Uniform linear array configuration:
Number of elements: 8
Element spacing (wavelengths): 0.25
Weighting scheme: hann
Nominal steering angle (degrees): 0
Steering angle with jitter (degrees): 0.8931
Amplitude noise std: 0.05
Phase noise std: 0.05

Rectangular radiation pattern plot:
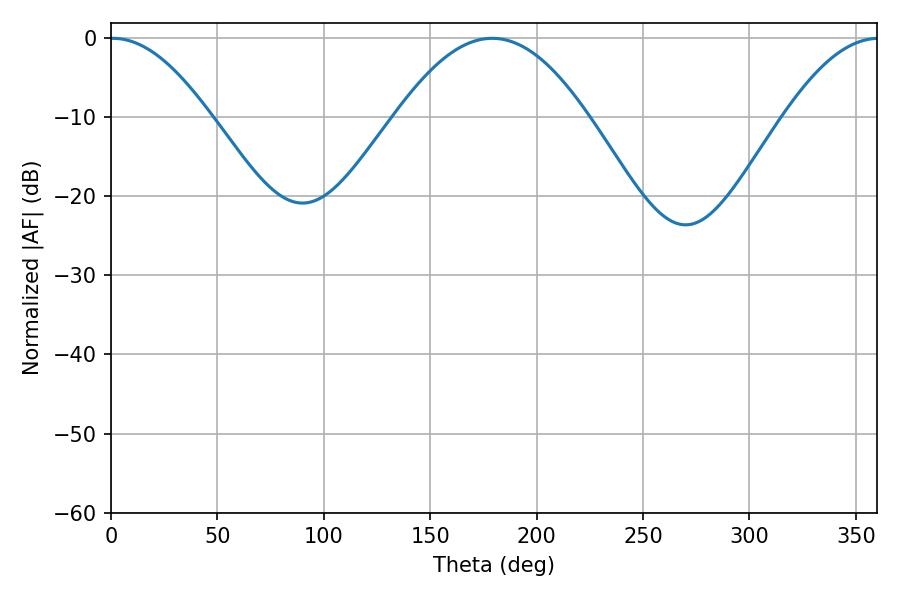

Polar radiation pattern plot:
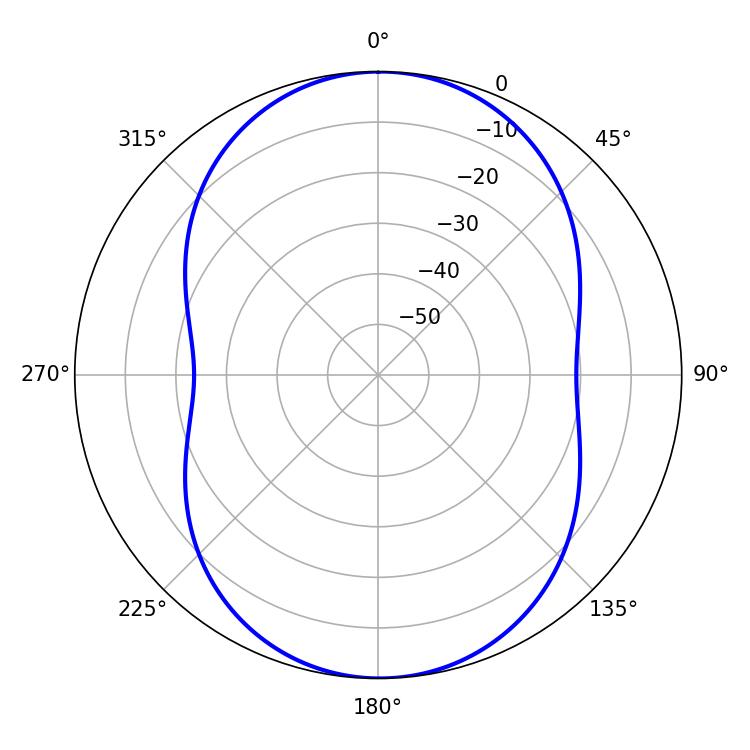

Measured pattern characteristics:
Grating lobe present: FALSE
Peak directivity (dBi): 17.009
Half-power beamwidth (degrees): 25.56
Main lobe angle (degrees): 0.9